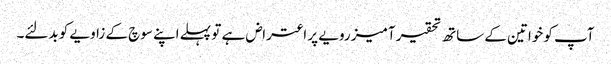
آپ کو خواتین کے ساتھ تحقیر آمیز رویے پر اعتراض ہے تو پہلے اپنے سوچ کے زاویے کو بدلئے۔